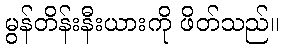
မွန်တိန်းနီးယားကို ဖိတ်သည်။